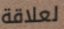
لعلاقة